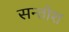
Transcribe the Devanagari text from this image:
सन्तोश